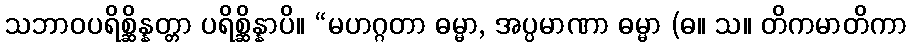
သဘာဝပရိစ္ဆိန္နတ္တာ ပရိစ္ဆိန္နာပိ။ “မဟဂ္ဂတာ ဓမ္မာ, အပ္ပမာဏာ ဓမ္မာ (ဓ။ သ။ တိကမာတိကာ